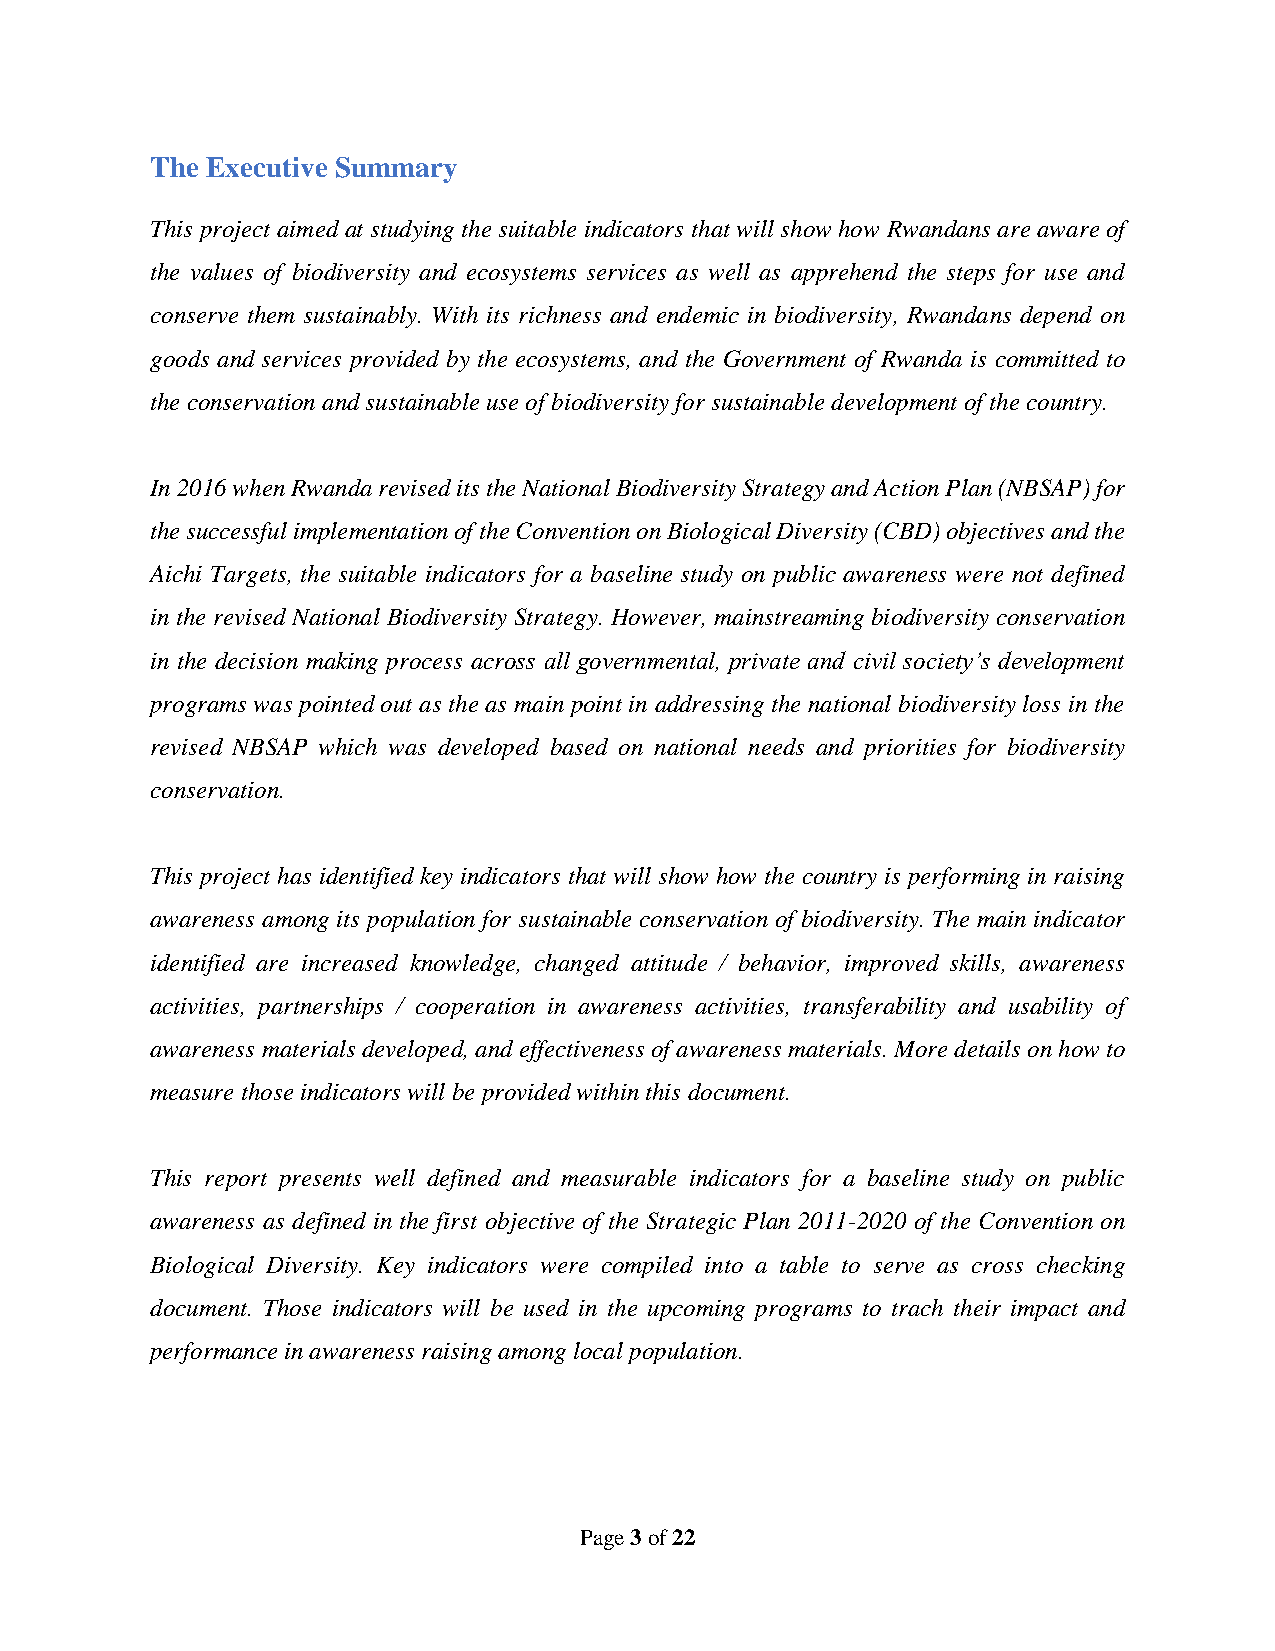
The Executive Summary
 This project aimed at studying the suitable indicators that will show how Rwandans are aware of
 the values of biodiversity and ecosystems services as well as apprehend the steps for use and
 conserve them sustainably. With its richness and endemic in biodiversity, Rwandans depend on
 goods and services provided by the ecosystems, and the Government of Rwanda is committed to
 the conservation and sustainable use of biodiversity for sustainable development of the country.
 In 2016 when Rwanda revised its the National Biodiversity Strategy and Action Plan (NBSAP) for
 the successful implementation of the Convention on Biological Diversity (CBD) objectives and the
 Aichi Targets, the suitable indicators for a baseline study on public awareness were not defined
 in the revised National Biodiversity Strategy. However, mainstreaming biodiversity conservation
 in the decision making process across all governmental, private and civil society’s development
 programs was pointed out as the as main point in addressing the national biodiversity loss in the
 revised NBSAP which was developed based on national needs and priorities for biodiversity
 conservation.
 This project has identified key indicators that will show how the country is performing in raising
 awareness among its population for sustainable conservation of biodiversity. The main indicator
 identified are increased knowledge, changed attitude / behavior, improved skills, awareness
 activities, partnerships / cooperation in awareness activities, transferability and usability of
 awareness materials developed, and effectiveness of awareness materials. More details on how to
 measure those indicators will be provided within this document.
 This report presents well defined and measurable indicators for a baseline study on public
 awareness as defined in the first objective of the Strategic Plan 2011-2020 of the Convention on
 Biological Diversity. Key indicators were compiled into a table to serve as cross checking
 document. Those indicators will be used in the upcoming programs to trach their impact and
 performance in awareness raising among local population.
 Page 3 of 22